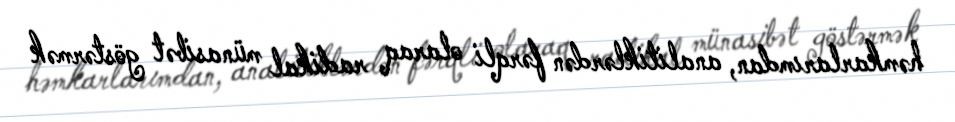
həmkarlarımdan, analitiklərdən fərqli olaraq radikal münasibət göstərmək